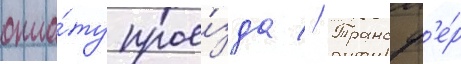
опла́ту прое́зда // Трансф'е́р